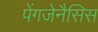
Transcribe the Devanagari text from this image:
पेंगजेनैसिस